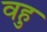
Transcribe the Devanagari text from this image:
वहु